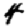
Digit: 4